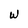
Character: W